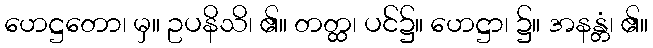
ဟေဋ္ဌတော၊ မှ။ ဥပနိသိ၊ ၏။ တတ္ထ၊ ပင်၌။ ဟေဋ္ဌာ၊ ၌။ အနန္တံ၊ ၏။